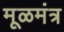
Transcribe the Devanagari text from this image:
मूळमंत्र